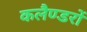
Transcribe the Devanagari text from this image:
कलैण्डरों